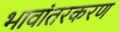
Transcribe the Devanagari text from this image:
भावांतरकरण